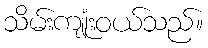
သိမ်းကျုံးဝယ်သည်။